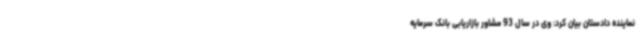
نماینده دادستان بیان کرد: وی در سال 93 مشاور بازاریابی بانک سرمایه